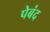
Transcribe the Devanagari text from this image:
पेबंद